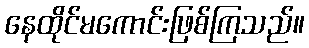
နေထိုင်မကောင်းဖြစ်ကြသည်။